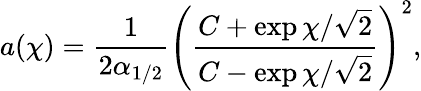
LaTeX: a(\chi)=\frac{1}{2\alpha_{1/2}}\left(\frac{C+\exp\chi/\sqrt{2}}{C-\exp\chi/\sqrt{2}}\right)^{2},